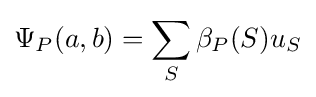
\Psi _{P}(a,b)=\sum _{S}\beta _{P}(S)u_{S}